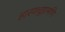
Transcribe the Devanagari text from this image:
हास्यचूड़ामणि